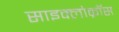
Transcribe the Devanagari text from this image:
साइक्लोक्रॉस